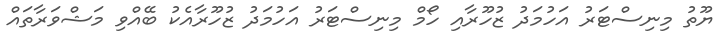
ޔޫތު މިނިސްޓަރު އަހުމަދު ޒުހޫރާއި ހޯމް މިނިސްޓަރު އަހުމަދު ޒުހޫރާއެކު ބޭއްވި މަޝްވަރާތައް